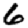
Digit: 6